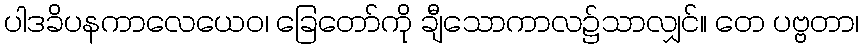
ပါဒခိပနကာလေယေဝ၊ ခြေတော်ကို ချီသောကာလ၌သာလျှင်။ တေ ပဗ္ဗတာ၊